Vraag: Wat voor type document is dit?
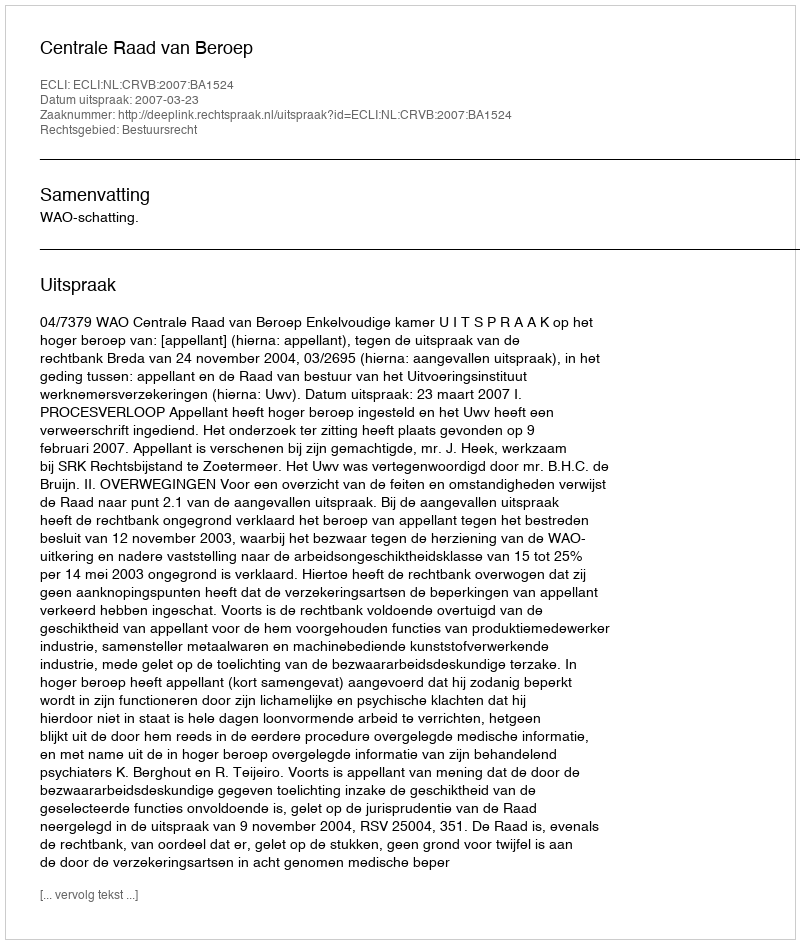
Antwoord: Uitspraak